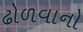
ઢોળવાનો